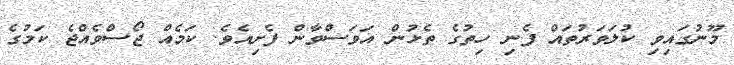
މޫނުގައިވި ކުލަވަރުތައް ފެނި ހިތުގެ ތެޅުން އަވަސްވާން ފެށިއެވެ. ކަމެއް ޖޯސްވެއްޖެ ކަމުގެ